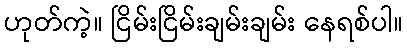
ဟုတ်ကဲ့။ ငြိမ်းငြိမ်းချမ်းချမ်း နေရစ်ပါ။